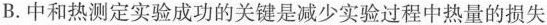
B.中和热测定实验成功的关键是减少实验过程中热量的损失